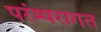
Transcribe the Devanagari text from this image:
परंम्परागत